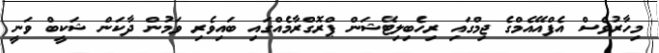
މިހާރުވެސް އެފްއޭއެމްގެ ޖިމްގައި ރިހެބިލިޓޭޝަން ޕްރޮގްރާމެއްގައި ބައިވެރި ވަމުން ދާކަން ޝަކީބް ވަނީ